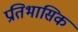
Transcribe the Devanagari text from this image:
प्रतिभासिक